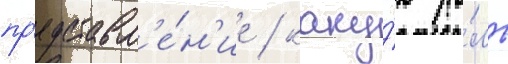
пр'едставл'е́н'ие / каку́ю ро́ль